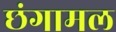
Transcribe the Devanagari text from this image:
छंगामल